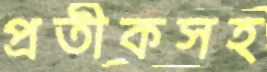
প্রতীকসহ